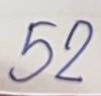
52